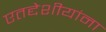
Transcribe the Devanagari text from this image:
एतद्देशीयांना